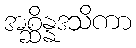
အစ္ဆိန္နဒသိကာ